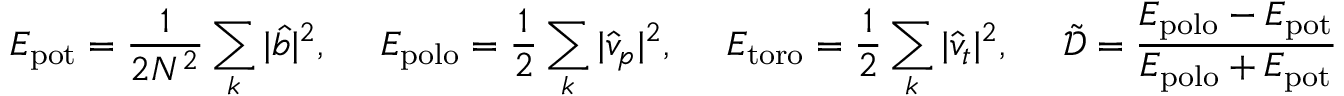
E _ { \mathrm { p o t } } = \frac { 1 } { 2 N ^ { 2 } } \sum _ { \boldsymbol { k } } | \hat { b } | ^ { 2 } , ~ ~ ~ ~ E _ { \mathrm { p o l o } } = \frac { 1 } { 2 } \sum _ { \boldsymbol { k } } | \hat { v } _ { p } | ^ { 2 } , ~ ~ ~ ~ E _ { \mathrm { t o r o } } = \frac { 1 } { 2 } \sum _ { \boldsymbol { k } } | \hat { v } _ { t } | ^ { 2 } , ~ ~ ~ ~ \tilde { \mathcal { D } } = \frac { E _ { \mathrm { p o l o } } - E _ { \mathrm { p o t } } } { E _ { \mathrm { p o l o } } + E _ { \mathrm { p o t } } }